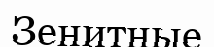
Зенитные